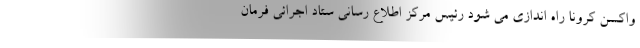
واکسن کرونا راه اندازی می شود رئیس مرکز اطلاع رسانی ستاد اجرائی فرمان